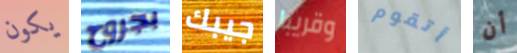
يكون بجروح جيبك وقريبا أتقوم أن